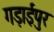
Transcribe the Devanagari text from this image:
गड़ाईपुर